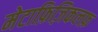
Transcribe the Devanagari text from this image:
मेटाफ़िज़िकलफ़